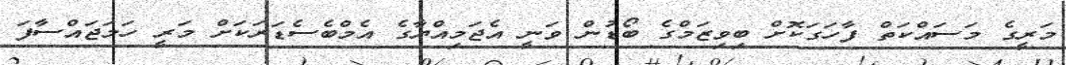
މަރީގެ މަސައްކަތް ފާހަގަކޮށް ބިވިޒަމްގެ ބޯޑުން ވަނީ އެޖަމިއްޔާގެ އެމްބެސެޑަރަކަށް މަރީ ހަމަޖައްސާފަ